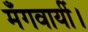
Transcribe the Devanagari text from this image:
मँगवायीं।